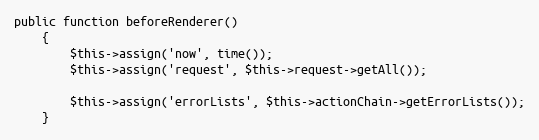
Language: PHP
public function beforeRenderer()
    {
        $this->assign('now', time());
        $this->assign('request', $this->request->getAll());

        $this->assign('errorLists', $this->actionChain->getErrorLists());
    }